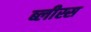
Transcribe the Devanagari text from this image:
ब्लीस्स